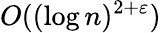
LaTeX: O((\log n)^{2+\varepsilon})